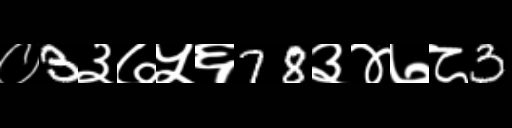
Text: ०3३७५६78३४७८3